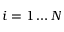
i = 1 \ldots N